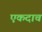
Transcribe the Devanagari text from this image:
एकदाचं